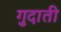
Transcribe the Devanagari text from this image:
गुदाती